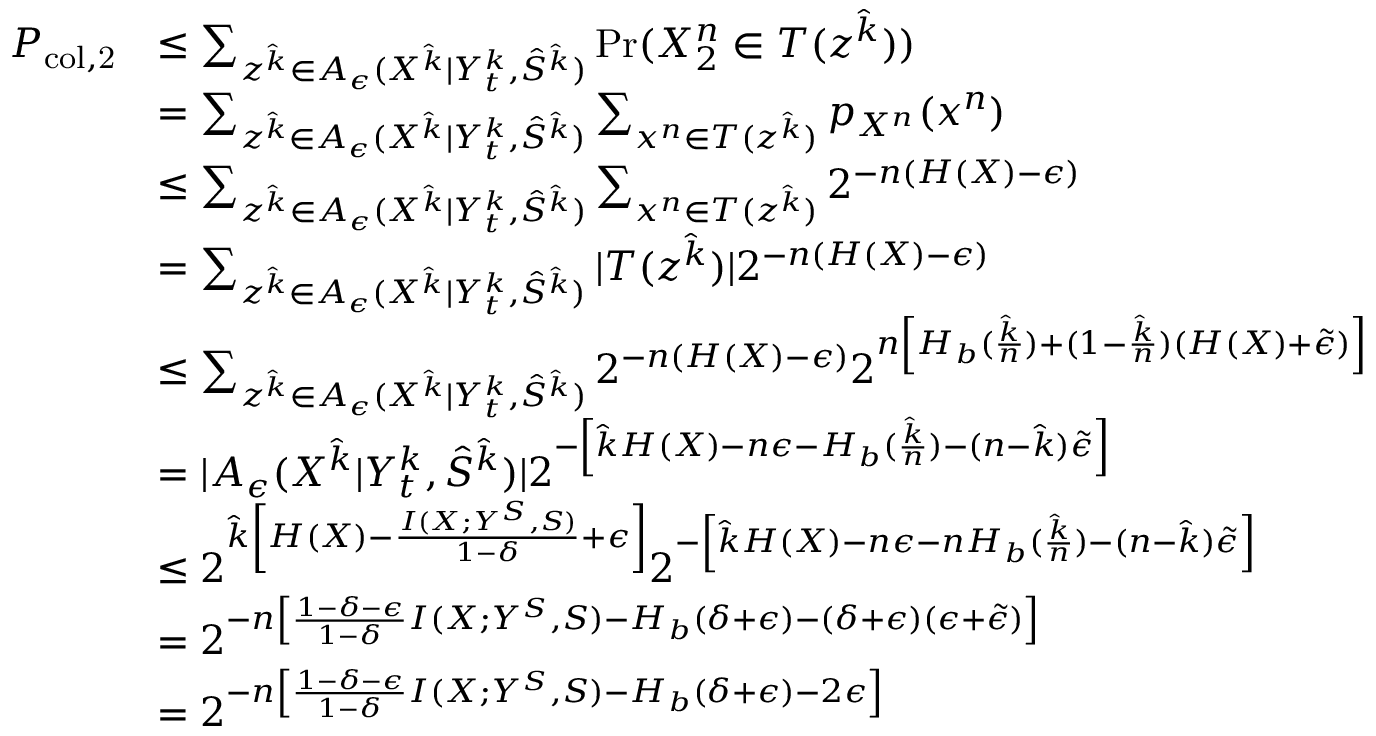
\begin{array} { r l } { P _ { \mathrm { c o l , 2 } } } & { \le \sum _ { z ^ { \hat { k } } \in A _ { \epsilon } ( X ^ { \hat { k } } | Y _ { t } ^ { k } , \hat { S } ^ { \hat { k } } ) } \operatorname* { P r } ( X _ { 2 } ^ { n } \in T ( z ^ { \hat { k } } ) ) } \\ & { = \sum _ { z ^ { \hat { k } } \in A _ { \epsilon } ( X ^ { \hat { k } } | Y _ { t } ^ { k } , \hat { S } ^ { \hat { k } } ) } \sum _ { x ^ { n } \in T ( z ^ { \hat { k } } ) } p _ { X ^ { n } } ( x ^ { n } ) } \\ & { \le \sum _ { z ^ { \hat { k } } \in A _ { \epsilon } ( X ^ { \hat { k } } | Y _ { t } ^ { k } , \hat { S } ^ { \hat { k } } ) } \sum _ { x ^ { n } \in T ( z ^ { \hat { k } } ) } 2 ^ { - n ( H ( X ) - \epsilon ) } } \\ & { = \sum _ { z ^ { \hat { k } } \in A _ { \epsilon } ( X ^ { \hat { k } } | Y _ { t } ^ { k } , \hat { S } ^ { \hat { k } } ) } | T ( z ^ { \hat { k } } ) | 2 ^ { - n ( H ( X ) - \epsilon ) } } \\ & { \le \sum _ { z ^ { \hat { k } } \in A _ { \epsilon } ( X ^ { \hat { k } } | Y _ { t } ^ { k } , \hat { S } ^ { \hat { k } } ) } 2 ^ { - n ( H ( X ) - \epsilon ) } 2 ^ { n \left[ H _ { b } ( \frac { \hat { k } } { n } ) + ( 1 - \frac { \hat { k } } { n } ) ( H ( X ) + \tilde { \epsilon } ) \right] } } \\ & { = | A _ { \epsilon } ( X ^ { \hat { k } } | Y _ { t } ^ { k } , \hat { S } ^ { \hat { k } } ) | 2 ^ { - \left[ \hat { k } H ( X ) - n \epsilon - H _ { b } ( \frac { \hat { k } } { n } ) - ( n - \hat { k } ) \tilde { \epsilon } \right] } } \\ & { \le 2 ^ { \hat { k } \left[ H ( X ) - \frac { I ( X ; Y ^ { S } , S ) } { 1 - \delta } + \epsilon \right] } 2 ^ { - \left[ \hat { k } H ( X ) - n \epsilon - n H _ { b } ( \frac { \hat { k } } { n } ) - ( n - \hat { k } ) \tilde { \epsilon } \right] } } \\ & { = 2 ^ { - n \left[ \frac { 1 - \delta - \epsilon } { 1 - \delta } I ( X ; Y ^ { S } , S ) - H _ { b } ( \delta + \epsilon ) - ( \delta + \epsilon ) ( \epsilon + \tilde { \epsilon } ) \right] } } \\ & { = 2 ^ { - n \left[ \frac { 1 - \delta - \epsilon } { 1 - \delta } I ( X ; Y ^ { S } , S ) - H _ { b } ( \delta + \epsilon ) - 2 \epsilon \right] } } \end{array}